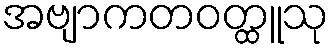
အဗျာကတဝတ္ထူသု